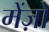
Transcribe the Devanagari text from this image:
मेंज़ो